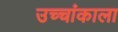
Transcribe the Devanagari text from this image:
उच्चांकाला